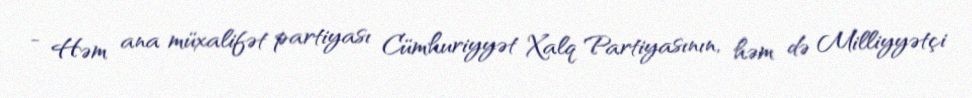
- Həm ana müxalifət partiyası Cümhuriyyət Xalq Partiyasının, həm də Milliyyətçi